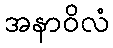
အနာဝိလံ